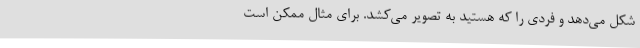
شکل می‌دهد و فردی را که هستید به تصویر می‌کشد. برای مثال ممکن است